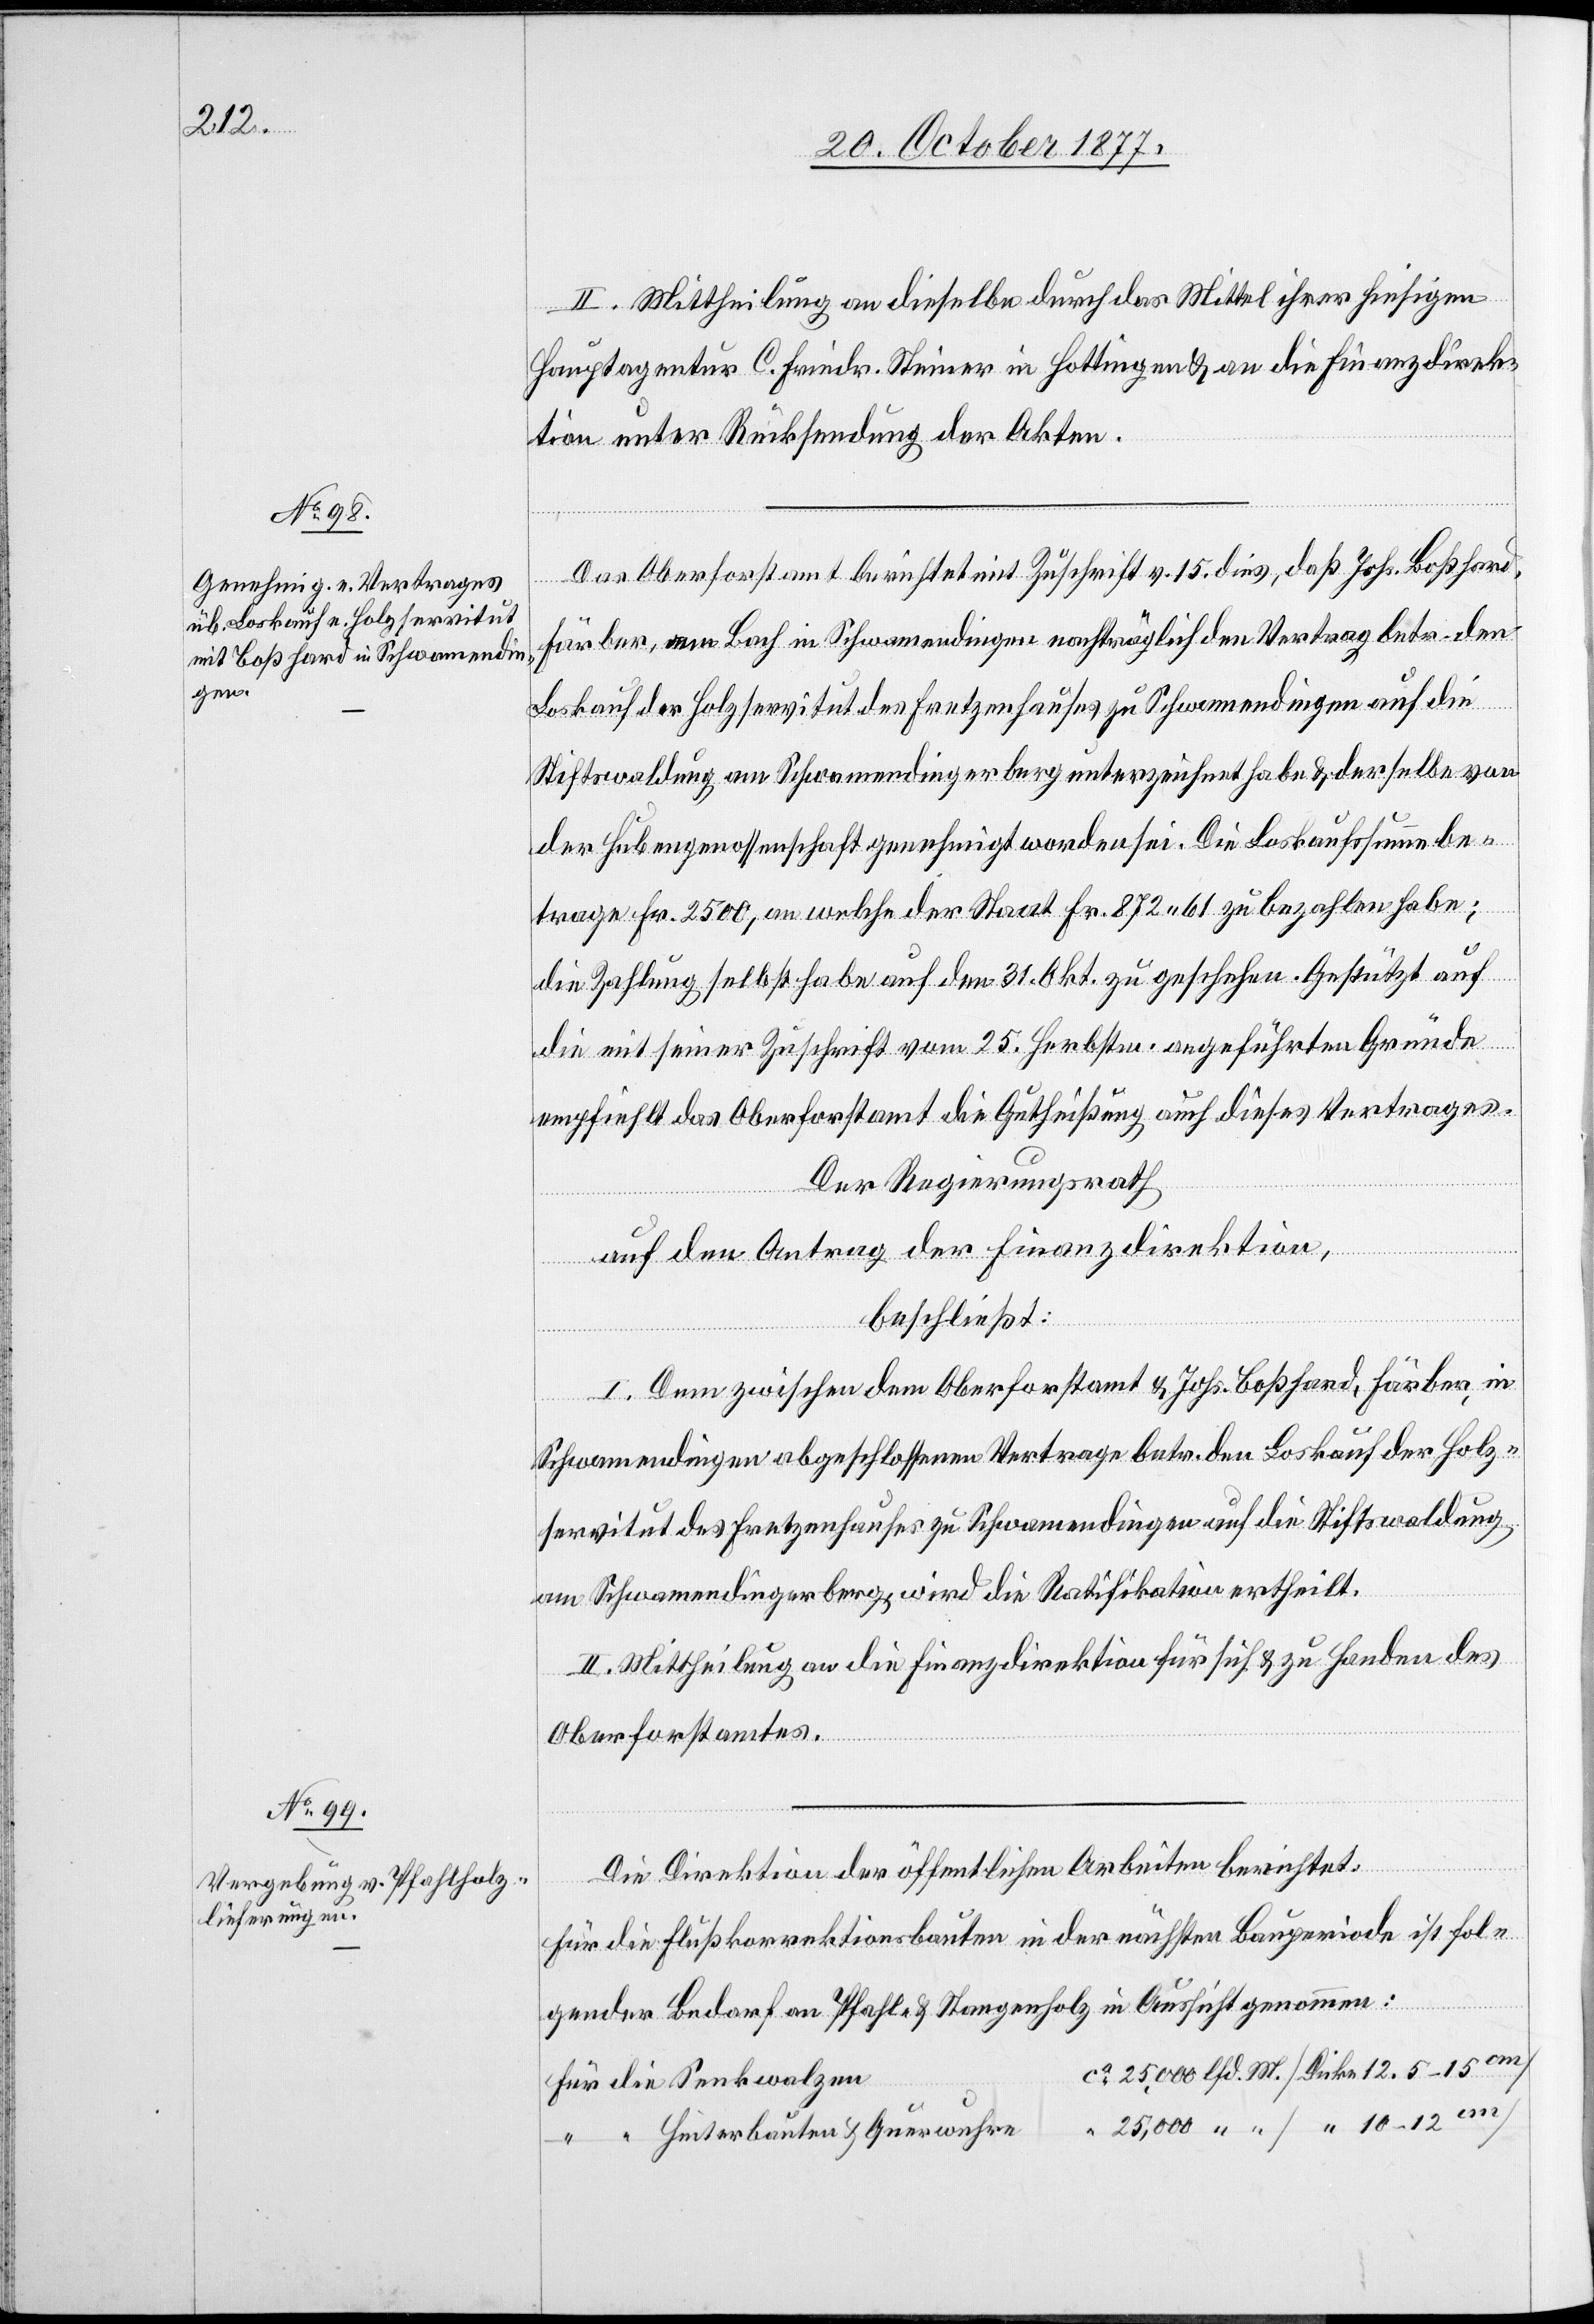
II. Mittheilung an dieselbe durch das Mittel ihrer hiesigen
Hauptagentur C. Friedr. Steiner in Hottingen & an die Finanzdirek¬
tion unter Rücksendung der Akten.
Das Oberforstamt berichtet mit Zuschrift v. 15. dies, daß Johs. Boßhard,
Färber, am Bach in Schwamendingen nachträglich den Vertrag betr. den
Loskauf der Holzservitut des Fretzenhauses zu Schwamendingen auf die
Stiftswaldung am Schwamendingerberg unterzeichnet habe & derselbe von
der Hubengenossenschaft genehmigt worden sei. Die Loskaufssumme be¬
lfd.
trage Fr. 2500, an welche der Staat Fr. 872.61 zu bezahlen habe;
die Zahlung selbst habe auf den 31. Okt. zu geschehen. Gestützt auf
die mit seiner Zuschrift vom 25. Herbstm. angeführten Gründe
empfiehlt das Oberforstamt die Gutheißung auch dieses Vertrages.
Der Regierungsrath
auf den Antrag der Finanzdirektion,
beschließt:
I. Dem zwischen dem Oberforstamt & Johs. Boßhard, Färber, in
Schwamendingen abgeschlossenen Vertrage betr. den Loskauf der Holz¬
servitut des Fretzenhauses zu Schwamendingen auf die Stiftswaldung
am Schwamendingerberg, wird die Ratifikation ertheilt.
II. Mittheilung an die Finanzdirektion für sich & zu Handen des
Oberforstamtes.
Die Direktion der öffentlichen Arbeiten berichtet:
Für die Flußkorrektionsbauten in der nächsten Bauperiode ist fol¬
gender Bedarf an Pfahl- & Stangenholz in Aussicht genommen:
Für die Senkwalzen
“ “ Hinterbauten & Querwuhre